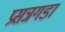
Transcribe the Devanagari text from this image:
प्रसन्नगडा